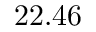
2 2 . 4 6